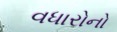
વધારોનો